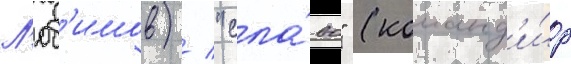
Л'юб'имов) / "сла́ва" (команд'и́р